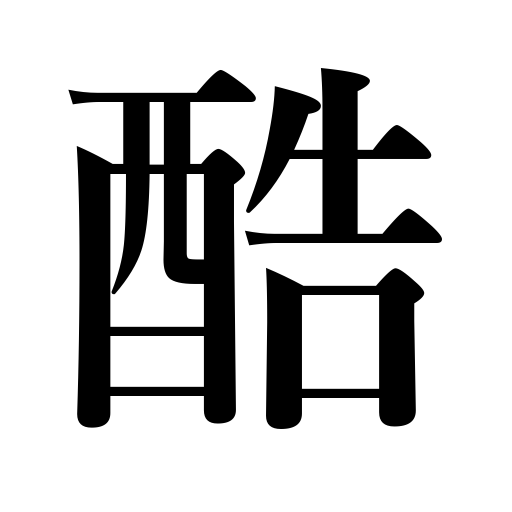
Meanings: cruelty,severity